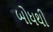
બોધથી